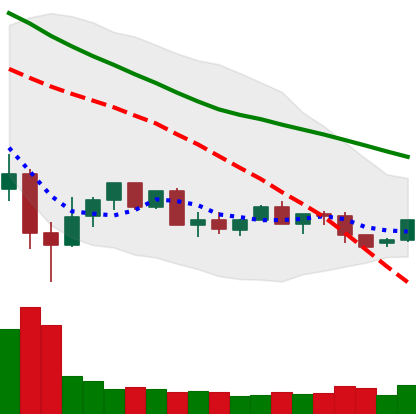
Ticker: XLM-USD
Chart end date: 2022-05-29
Forward return: 12.055%
Label: up_7plus